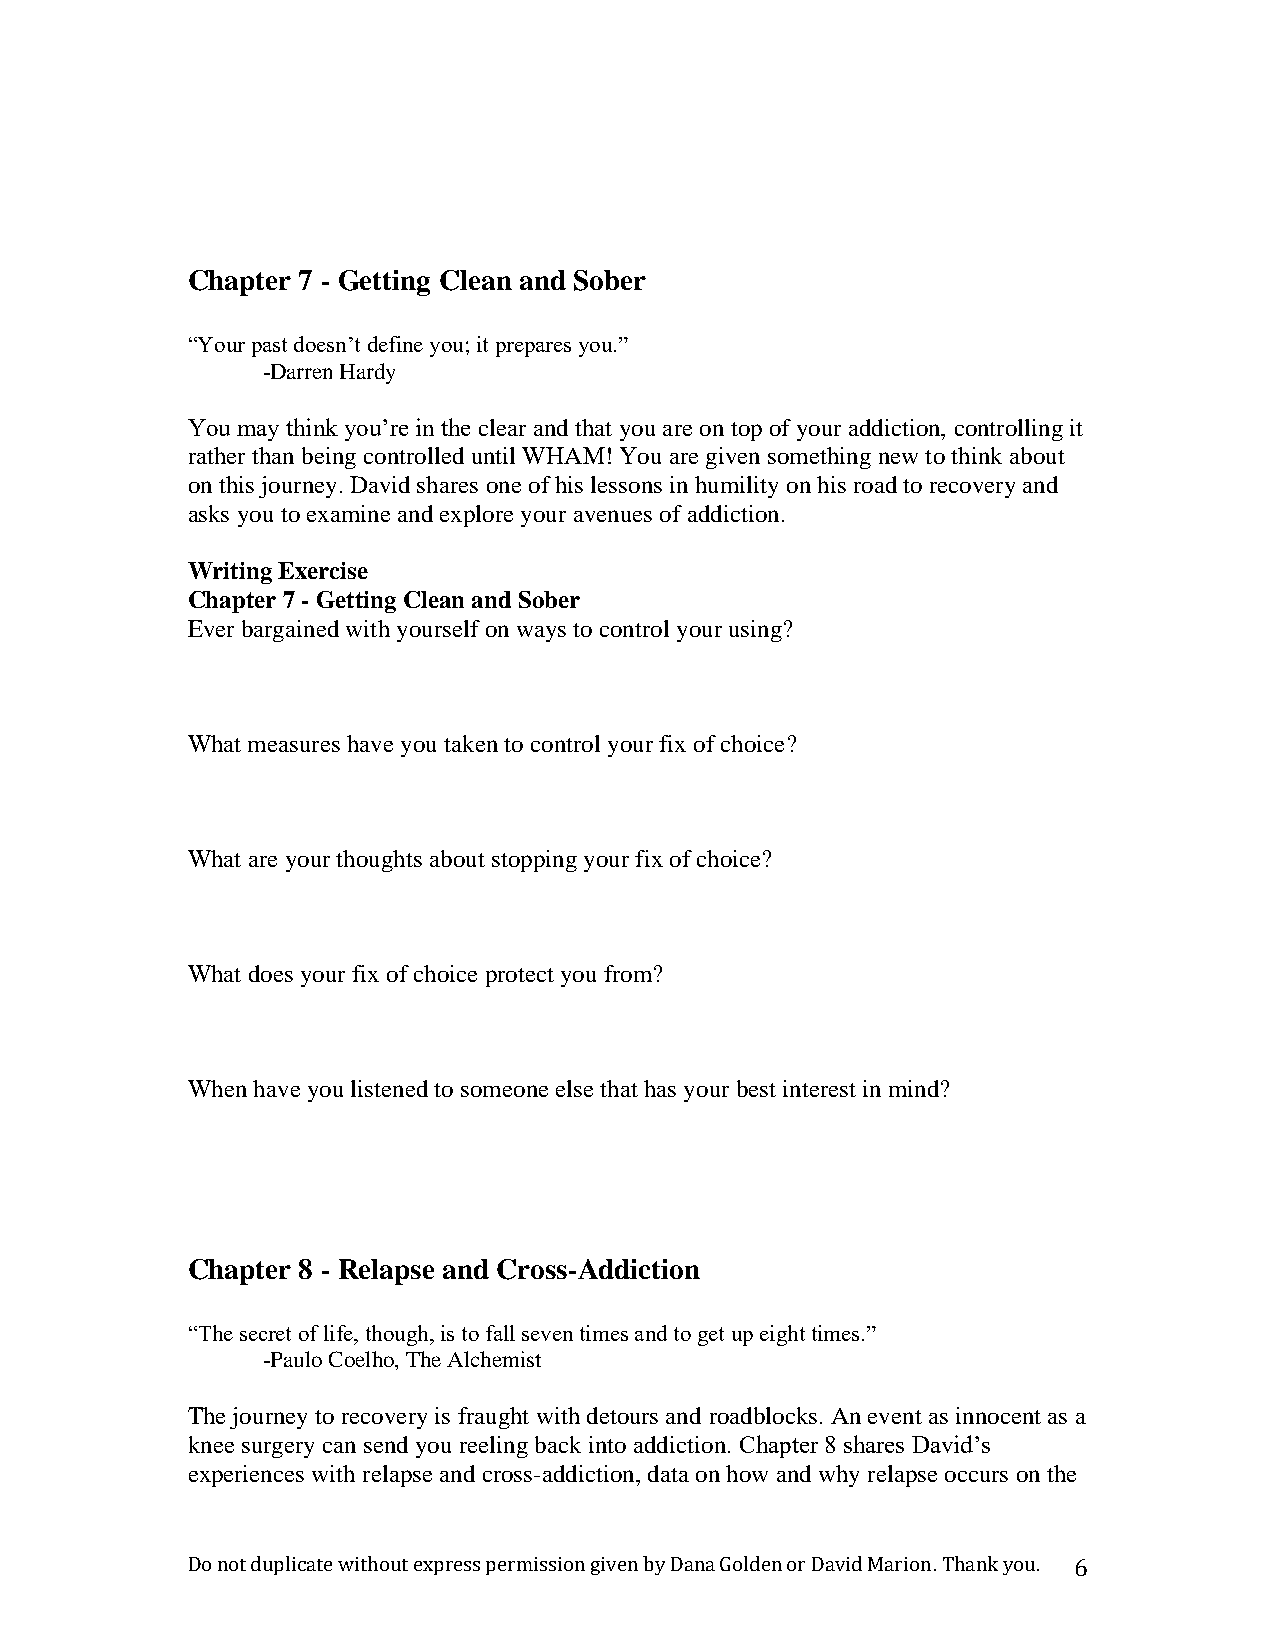
Chapter 7 - Getting Clean and Sober
 “Your past doesn’t define you; it prepares you.”
 -Darren Hardy
 You may think you’re in the clear and that you are on top of your addiction, controlling it
 rather than being controlled until WHAM! You are given something new to think about
 on this journey. David shares one of his lessons in humility on his road to recovery and
 asks you to examine and explore your avenues of addiction.
 Writing Exercise
 Chapter 7 - Getting Clean and Sober
 Ever bargained with yourself on ways to control your using?
 What measures have you taken to control your fix of choice?
 What are your thoughts about stopping your fix of choice?
 What does your fix of choice protect you from?
 When have you listened to someone else that has your best interest in mind?
 Chapter 8 - Relapse and Cross-Addiction
 “The secret of life, though, is to fall seven times and to get up eight times.”
 -Paulo Coelho, The Alchemist
 The journey to recovery is fraught with detours and roadblocks. An event as innocent as a
 knee surgery can send you reeling back into addiction. Chapter 8 shares David’s
 experiences with relapse and cross-addiction, data on how and why relapse occurs on the
 Do not duplicate without express permission given by Dana Golden or David Marion. Thank you. 6